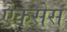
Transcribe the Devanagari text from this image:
ऐकसेस